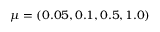
\mu = ( 0 . 0 5 , 0 . 1 , 0 . 5 , 1 . 0 )